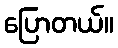
ပြောတယ်။